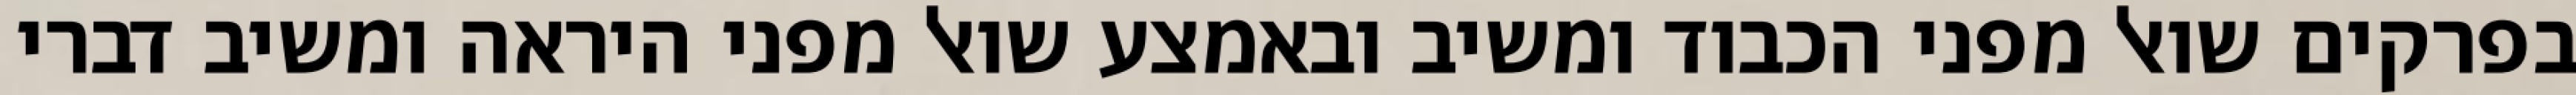
בפרקים שואל מפני הכבוד ומשיב ובאמצע שואל מפני היראה ומשיב דברי